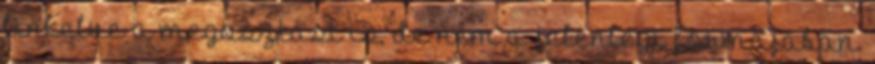
linkelve a megosztást is, de nem a jelenlegi formájában.